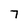
Character: 7